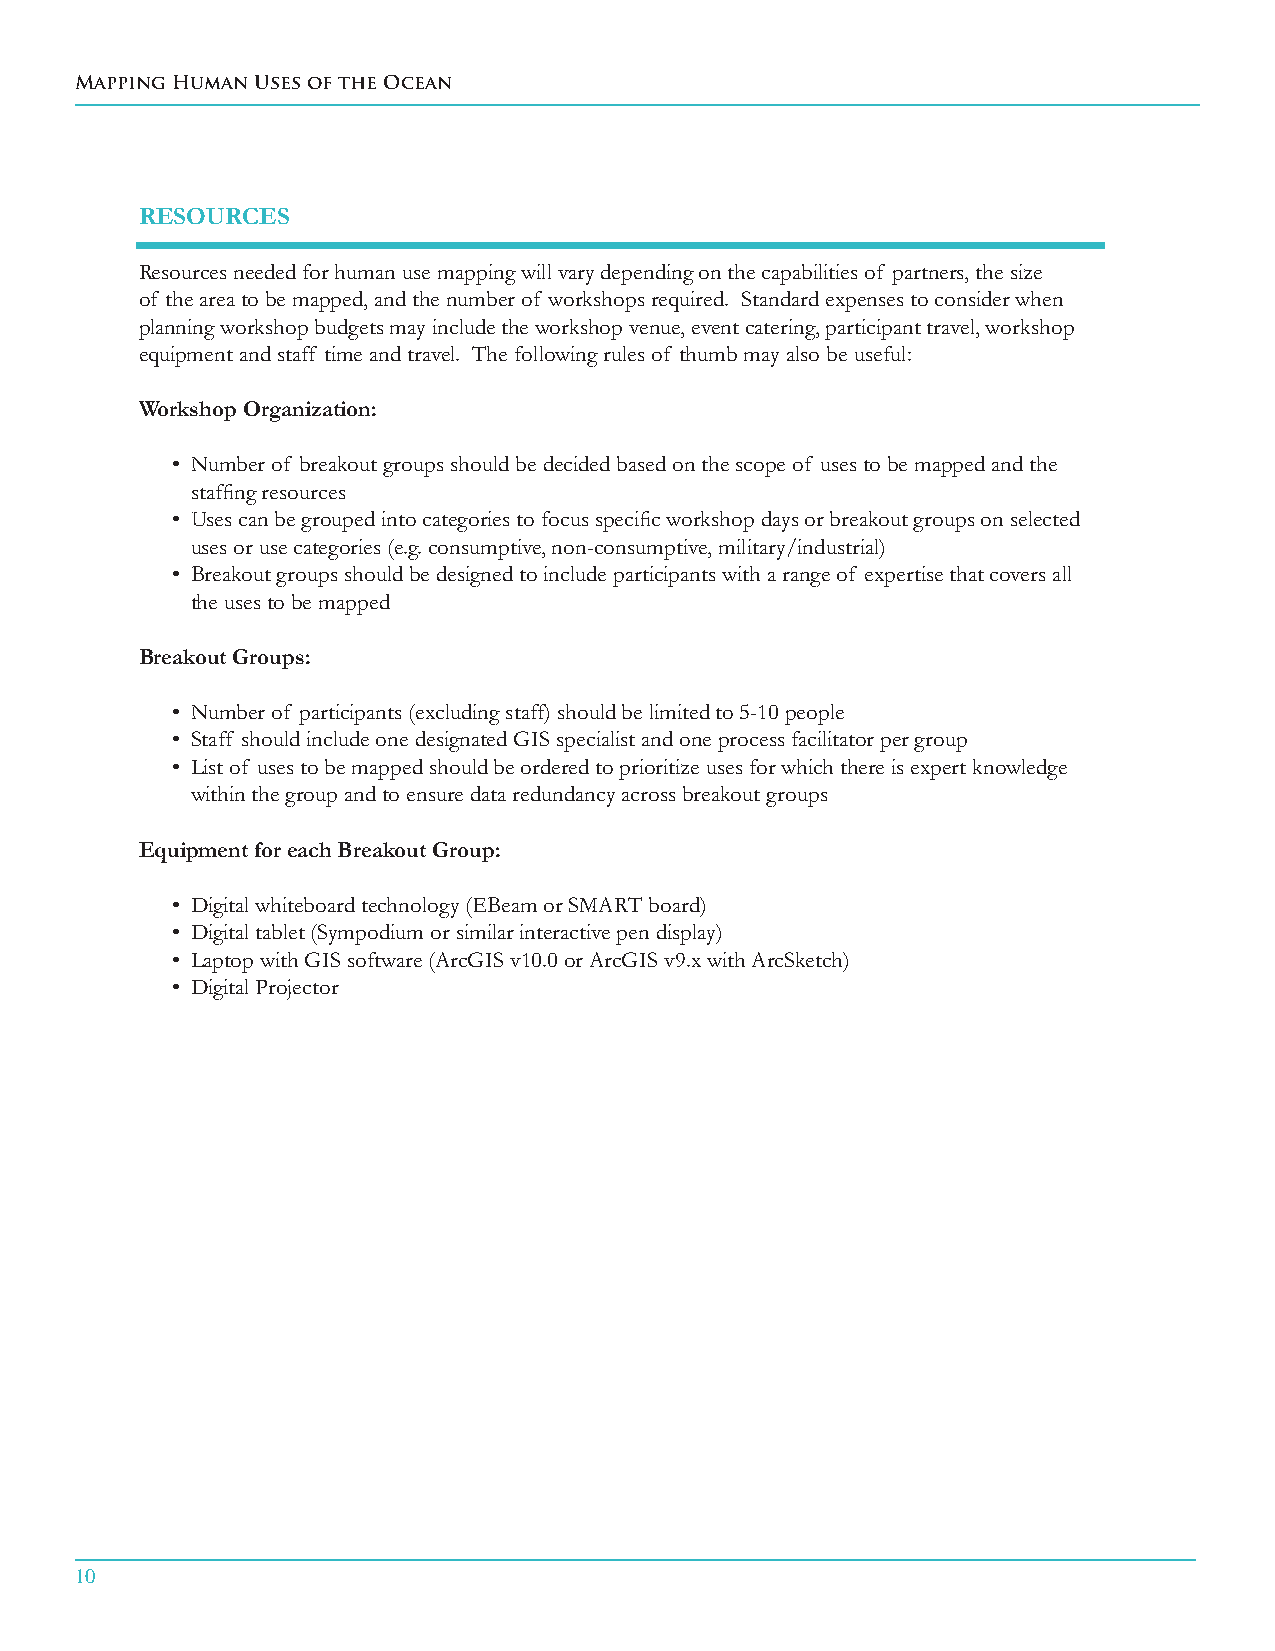
Mapping Human Uses of the Ocean
 RESOuRCES
 Resources needed for human use mapping will vary depending on the capabilities of partners, the size
 of the area to be mapped, and the number of workshops required. Standard expenses to consider when
 planning workshop budgets may include the workshop venue, event catering, participant travel, workshop
 equipment and staff time and travel. The following rules of thumb may also be useful:
 Workshop Organization:
 • Number of breakout groups should be decided based on the scope of uses to be mapped and the
 staffing resources
 • Uses can be grouped into categories to focus specific workshop days or breakout groups on selected
 uses or use categories (e.g. consumptive, non-consumptive, military/industrial)
 • Breakout groups should be designed to include participants with a range of expertise that covers all
 the uses to be mapped
 Breakout Groups:
 • Number of participants (excluding staff) should be limited to 5-10 people
 • Staff should include one designated GIS specialist and one process facilitator per group
 • List of uses to be mapped should be ordered to prioritize uses for which there is expert knowledge
 within the group and to ensure data redundancy across breakout groups
 Equipment for each Breakout Group:
 • Digital whiteboard technology (EBeam or SMART board)
 • Digital tablet (Sympodium or similar interactive pen display)
 • Laptop with GIS software (ArcGIS v10.0 or ArcGIS v9.x with ArcSketch)
 • Digital Projector
 10